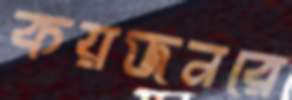
কয়জনরে